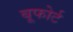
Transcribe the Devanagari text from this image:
बूफोर्ट